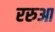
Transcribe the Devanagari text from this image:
ररुआ